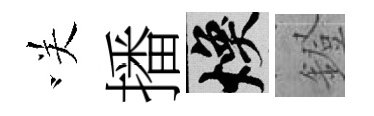
咲播焕鐙